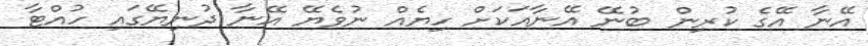
އޭނާ އޭގެ ކުރިން ބުނޭ އޭނާއަކަށް ހިޔެއް ނުވެޔޭ އޭނާ ދުނިޔޭގައި ހުއްޓާ